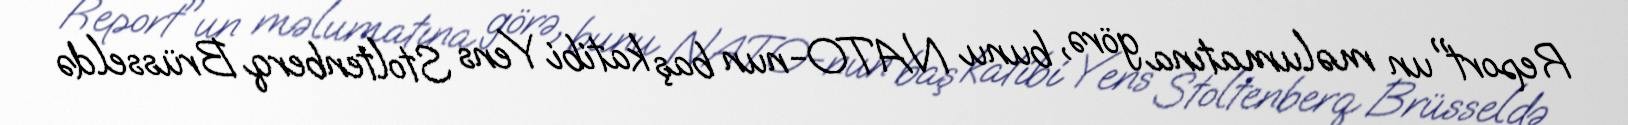
Report"un məlumatına görə, bunu NATO-nun baş katibi Yens Stoltenberq Brüsseldə